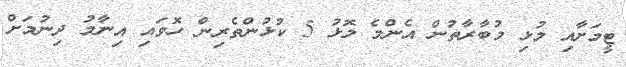
ޓީމަށާއި މުޅި މުބާރާތުން އެންމެ މޮޅު 5 ކުޅުންތެރިން ހޮވައި އިނާމު ދިނުމަށް